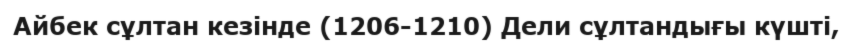
Айбек сұлтан кезінде (1206-1210) Дели сұлтандығы күшті,